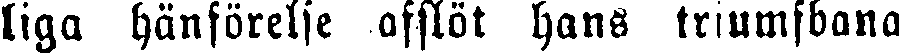
liga hänförelse afslöt hans triumfbana